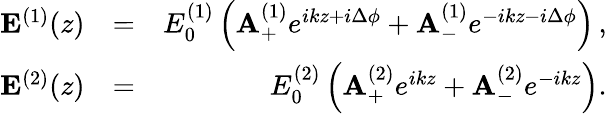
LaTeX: \begin{array}{rlr}{{\mathbf E}^{(1)}(z)}&{=}&{E_{0}^{(1)}\left({\mathbf A}_{+}^{(1)}e^{ikz+i\Delta\phi}+{\mathbf A}_{-}^{(1)}e^{-ikz-i\Delta\phi}\right)\, ,}\\ {{\mathbf E}^{(2)}(z)}&{=}&{E_{0}^{(2)}\left({\mathbf A}_{+}^{(2)}e^{ikz}+{\mathbf A}_{-}^{(2)}e^{-ikz}\right).}\end{array}